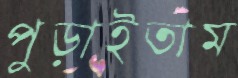
পুড়াইতাম